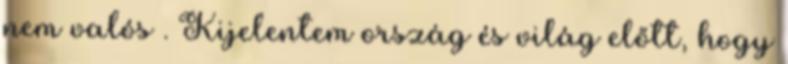
nem valós . Kijelentem ország és világ előtt, hogy